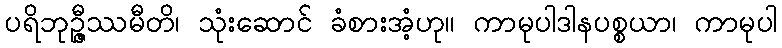
ပရိဘုဉ္ဇီဿမီတိ၊ သုံးဆောင် ခံစားအံ့ဟု။ ကာမုပါဒါနပစ္စယာ၊ ကာမုပါ